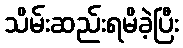
သိမ်းဆည်းရမိခဲ့ပြီး